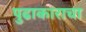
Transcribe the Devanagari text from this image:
पुढाकाराचा